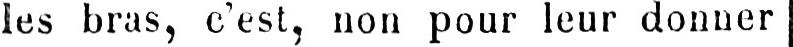
les bras, c’est, non pour leur donner